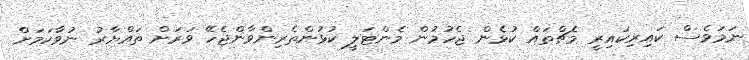
ނަމަވެސް ކައިރިކައިރީ މެޗްތައް ކުޅެން ޖެހުމުން މެންޓަލީ ކުޅުންތެރިންވާންޖެހޭ ވަރަށް ތައްޔާރު ނުވާކަމަށް